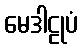
မေဒါဠုပံ